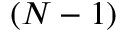
( N - 1 )